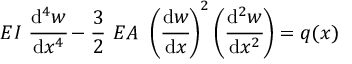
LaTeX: E I ~ { \cfrac { \mathrm { d } ^ { 4 } w } { \mathrm { d } x ^ { 4 } } } - { \frac { 3 } { 2 } } ~ E A ~ \left( { \cfrac { \mathrm { d } w } { \mathrm { d } x } } \right) ^ { 2 } \left( { \cfrac { \mathrm { d } ^ { 2 } w } { \mathrm { d } x ^ { 2 } } } \right) = q ( x )